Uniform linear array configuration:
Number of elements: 64
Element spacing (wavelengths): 0.25
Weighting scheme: binomial
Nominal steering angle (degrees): -30
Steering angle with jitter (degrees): -28.629
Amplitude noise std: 0.05
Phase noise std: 0.05

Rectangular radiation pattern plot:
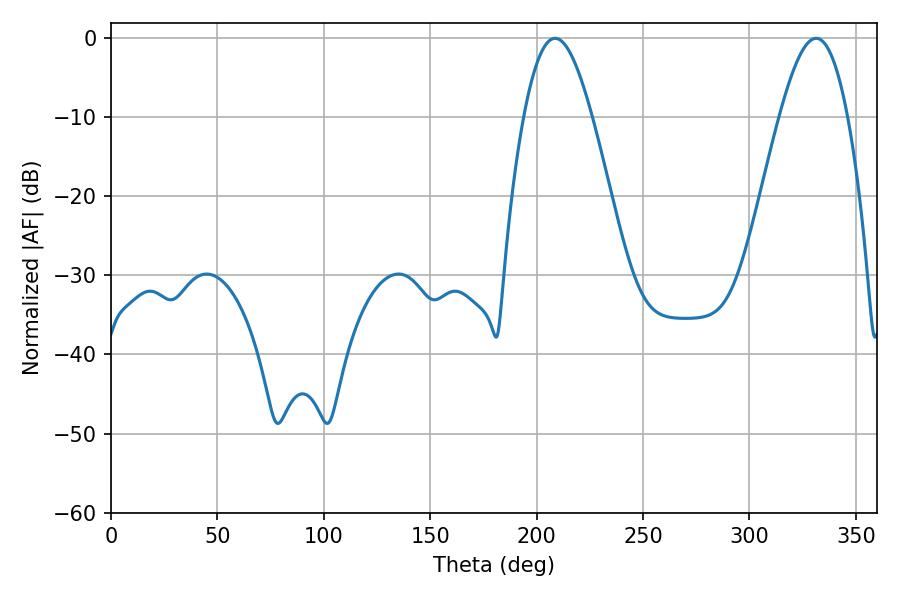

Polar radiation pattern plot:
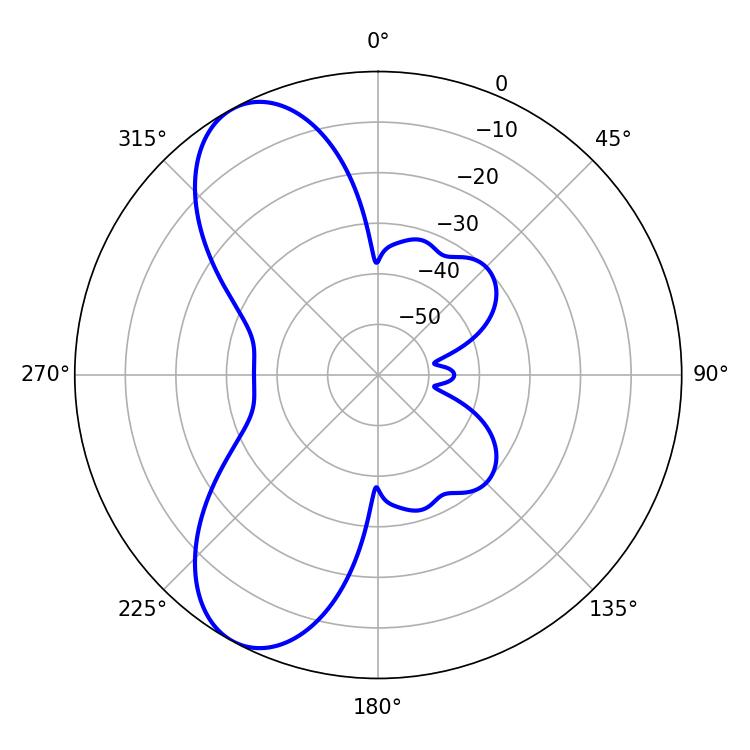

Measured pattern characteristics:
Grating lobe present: FALSE
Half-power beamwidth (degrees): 17.28
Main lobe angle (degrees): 208.62